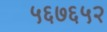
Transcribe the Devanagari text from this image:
५६७६५२